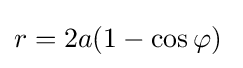
r=2a(1-\cos \varphi )\;